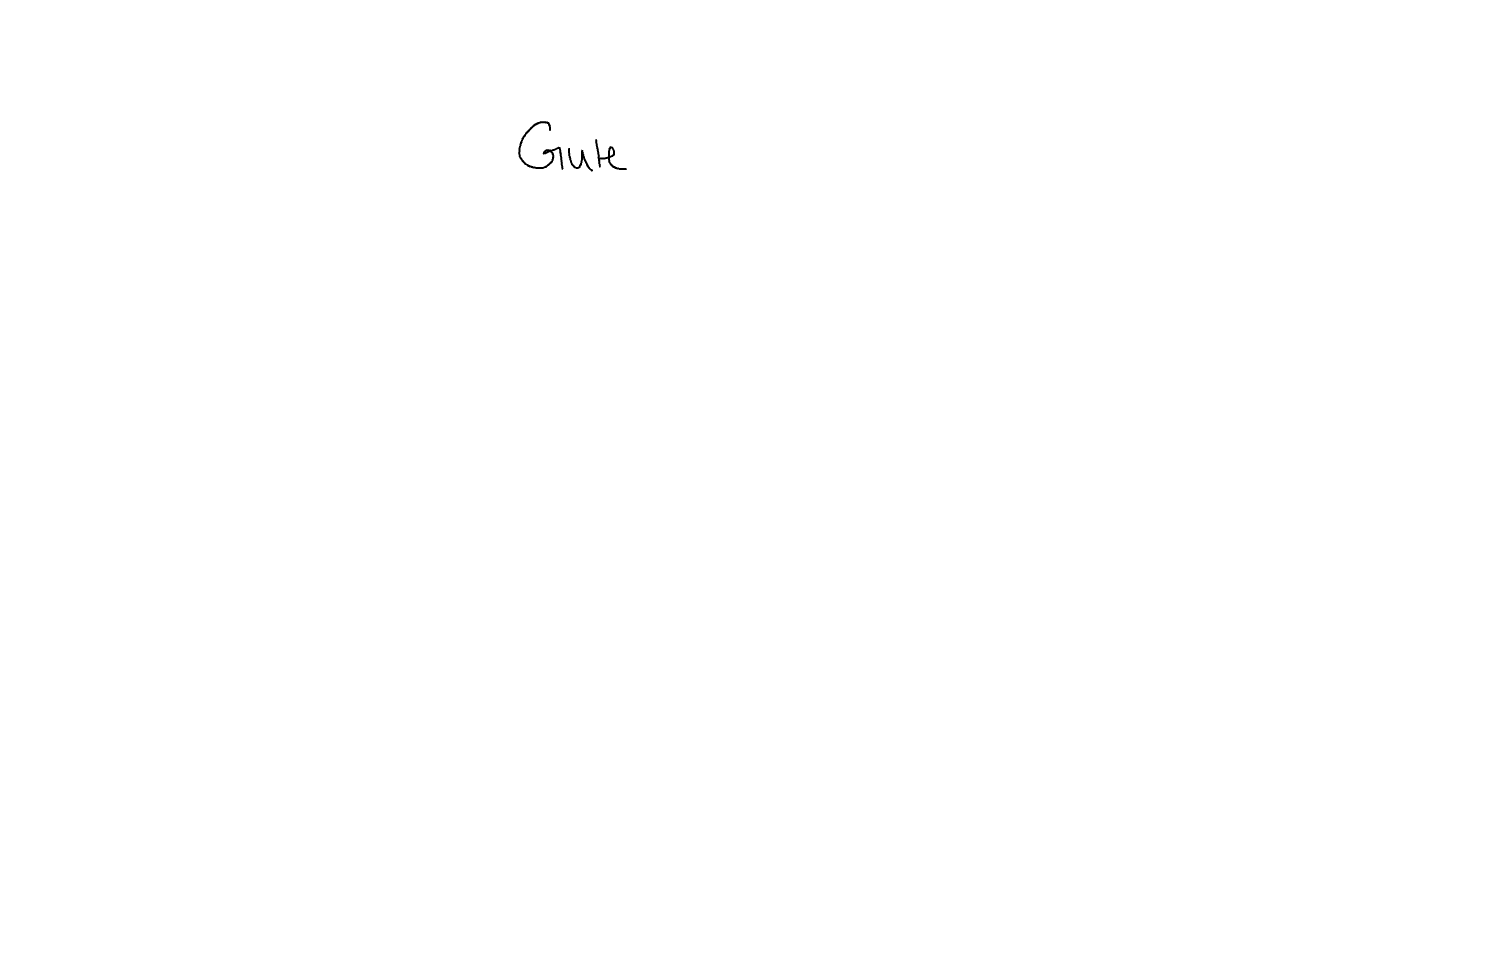
Text: Gute